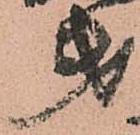
第